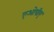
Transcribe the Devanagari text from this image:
एओपीए